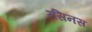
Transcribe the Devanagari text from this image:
रसिनस